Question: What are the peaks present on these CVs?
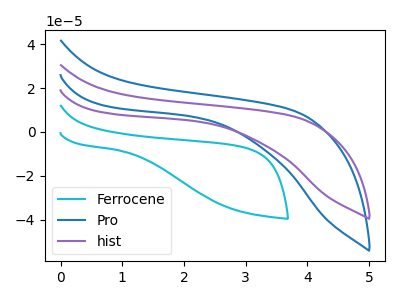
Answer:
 <answer>The cyan curve "Ferrocene" has no peaks. The blue curve "Pro" has no peaks. The purple curve "hist" has no peaks.</answer>
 <eval></eval>